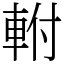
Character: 軵